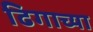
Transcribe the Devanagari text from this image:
ढिगाच्या